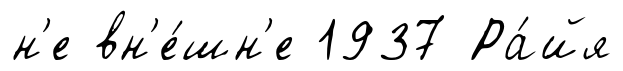
н'е вн'е́шн'е 1937 Ра́йя